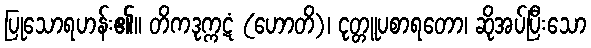
ပြုသောရဟန်း၏။ တိကဒုက္ကဋံ (ဟောတိ)၊ ငုတ္တူပစာရတော၊ ဆိုအပ်ပြီးသော